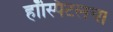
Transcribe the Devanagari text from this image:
हॉस्पिटलचा